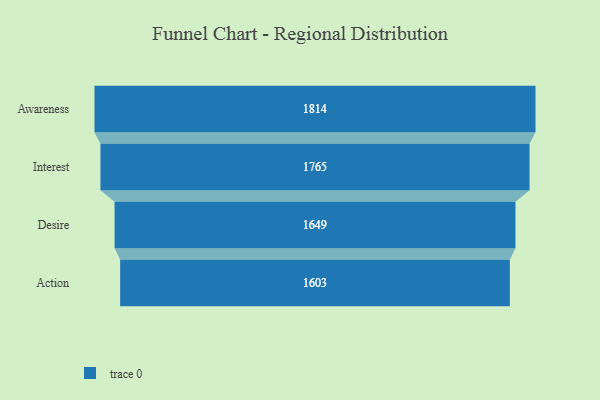
{"axis": {"x": "Stage", "y": "Value"}, "legend": [""], "data": [{"x": "Awareness", "y": 1814.0, "type": ""}, {"x": "Interest", "y": 1765.0, "type": ""}, {"x": "Desire", "y": 1649.0, "type": ""}, {"x": "Action", "y": 1603.0, "type": ""}]}